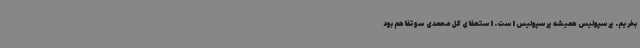
بخریم. پرسپولیس‌ همیشه پرسپولیس‌ است. استعفای گل‌محمدی سوتفاهم بود